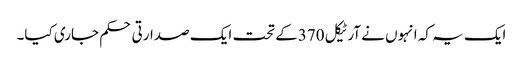
ایک یہ کہ انہوں نے آرٹیکل 370کے تحت ایک صدارتی حکم جاری کیا۔